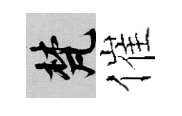
梵催